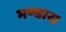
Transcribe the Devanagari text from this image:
भण्डार।